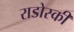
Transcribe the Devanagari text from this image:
राडोस्की